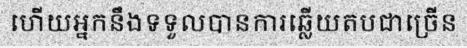
ហើយអ្នកនឹងទទួលបានការឆ្លើយតបជាច្រើន